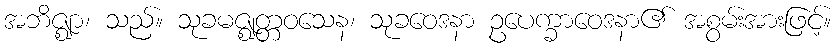
အဘိဇ္ဈာ၊ သည်။ သုခမဇ္ဈတ္တဝသေန၊ သုခဝေဒနာ ဥပေက္ခာဝေဒနာ၏ အစွမ်းအားဖြင့်။